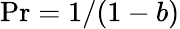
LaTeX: \operatorname*{Pr}=1/(1-b)